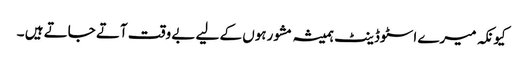
کیونکہ میرے اسٹوڈینٹ ہمیشہ مشورہوں کے لیے بے وقت آتے جاتے ہیں ۔